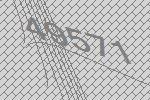
49571